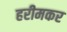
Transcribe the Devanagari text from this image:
हरीमकर